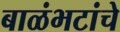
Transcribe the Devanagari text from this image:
बाळंभटांचे